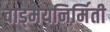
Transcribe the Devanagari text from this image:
वाड्मयनिर्मिती